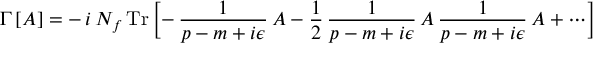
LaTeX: \Gamma \, [ A ] = - \, i \, N _ { f } \, \mathrm { T r } \, \biggl [ - \, \frac { 1 } { p - m + i \epsilon } \, A - \frac { 1 } { 2 } \, \frac { 1 } { p - m + i \epsilon } \, A \, \frac { 1 } { p - m + i \epsilon } \, A + \cdots \biggr ]